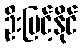
ဦးမြင့်နိုင်